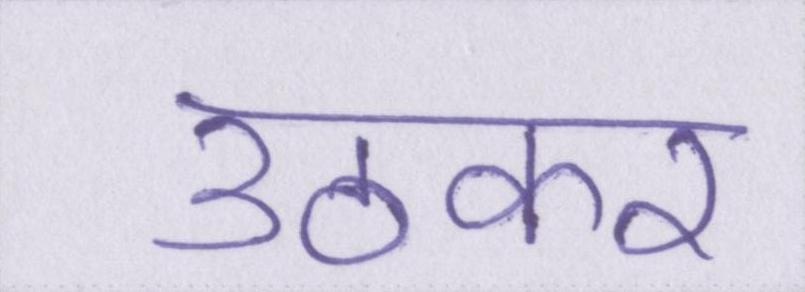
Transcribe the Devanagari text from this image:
उठकर